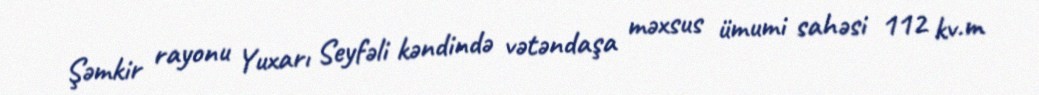
Şəmkir rayonu Yuxarı Seyfəli kəndində vətəndaşa məxsus ümumi sahəsi 112 kv.m